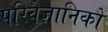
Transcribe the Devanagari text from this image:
परिवैज्ञानिकों